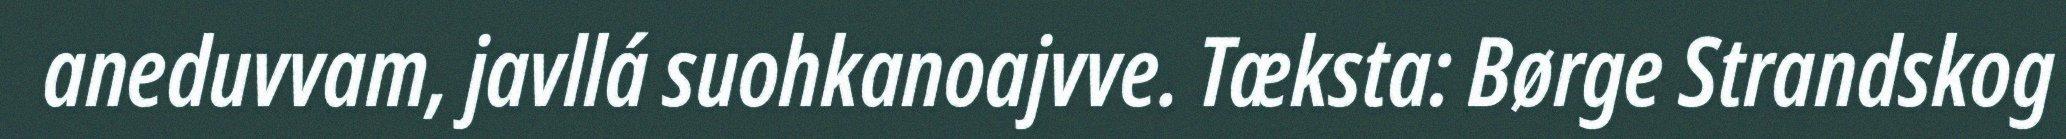
aneduvvam, javllá suohkanoajvve. Tæksta: Børge Strandskog